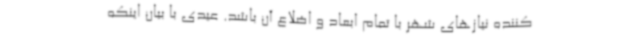
‌کننده نیازهای شهر با تمام ابعاد و اضلاع آن باشد. عیدی با بیان اینکه